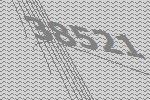
38521